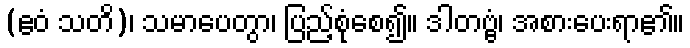
(ဧဝံ သတိ)၊ သမာပေတွာ၊ ပြည့်စုံစေ၍။ ဒါတဗ္ဗံ၊ အစားပေးရာ၏။